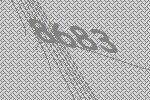
8683